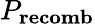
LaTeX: P_{\mathbf{recomb}}